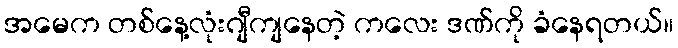
အမေက တစ်နေ့လုံးဂျီကျနေတဲ့ ကလေး ဒဏ်ကို ခံနေရတယ်။